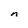
Character: n